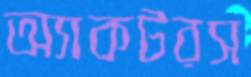
অ্যাকটরস